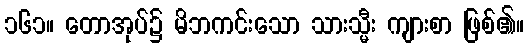
၁၆၁။ တောအုပ်၌ မိဘကင်းသော သားသ္မီး ကျားစာ ဖြစ်၏။